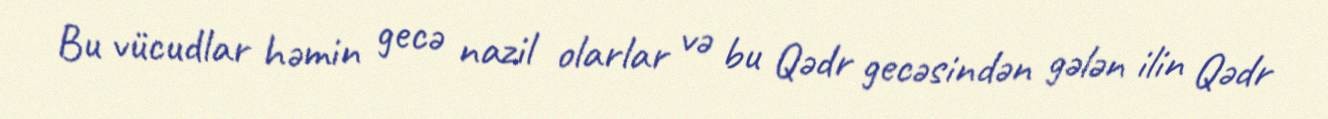
Bu vücudlar həmin gecə nazil olarlar və bu Qədr gecəsindən gələn ilin Qədr